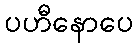
ပဟီနောပေ